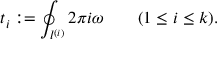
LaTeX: t _ { i } : = \oint _ { l ^ { ( i ) } } 2 \pi i \omega \qquad ( 1 \leq i \leq k ) .